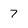
Character: 7